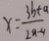
x = \frac { 3 b + a } { 2 a - 4 }